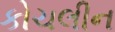
કોચલીન